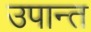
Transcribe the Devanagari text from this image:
उपान्त